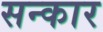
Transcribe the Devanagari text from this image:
सन्कार